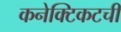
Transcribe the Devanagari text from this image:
कनेक्टिकटची